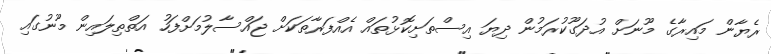
ރެޔާން މައިރާގެ މޫނަށް އުދަގޫކުރަމުން ދިޔަ އިސްތަށިކޮޅުތައް އެއްފަރާތަކަށް ޖައްސާލުމަށްފަހު އަތްތިލައިން މޫނުގައި